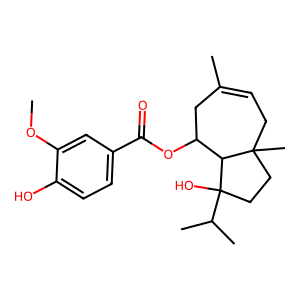
SMILES: COc1cc(C(=O)OC2CC(C)=CCC3(C)CCC(O)(C(C)C)C23)ccc1O
Inhibits HIV replication: No